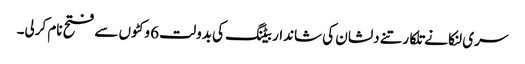
سری لنکا نے تلکارتنے دلشان کی شاندار بیٹنگ کی بدولت 6 وکٹوں سے فتح نام کرلی۔